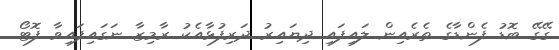
ގޭގޭ ބޮޑު ފެންޑާގެ ތެރެއިން ލައިފައި ދިޔައިރު ދަރިފުޅާއެކު ރާމިޒާ ނަގައިފައިވާ ފޮޓޯ